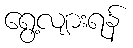
ရွေ့လျားရန်